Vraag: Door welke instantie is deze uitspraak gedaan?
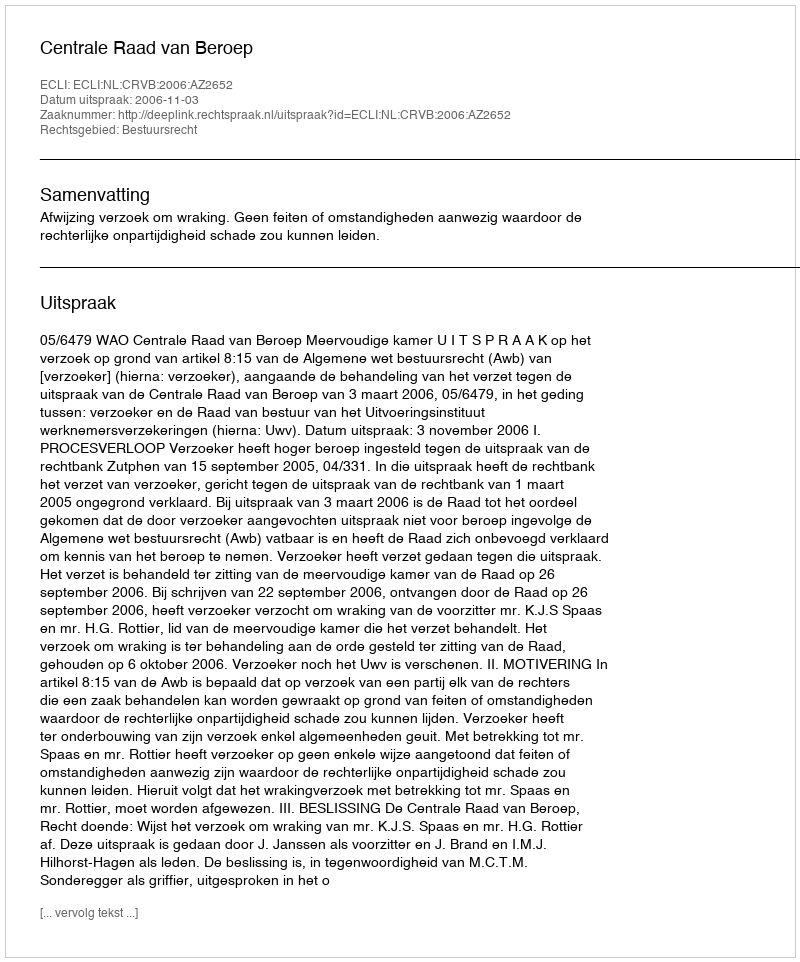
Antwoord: Centrale Raad van Beroep